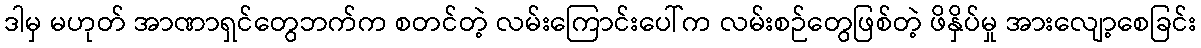
ဒါမှ မဟုတ် အာဏာရှင်တွေဘက်က စတင်တဲ့ လမ်းကြောင်းပေါ်က လမ်းစဉ်တွေဖြစ်တဲ့ ဖိနှိပ်မှု အားလျော့စေခြင်း